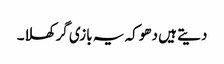
دیتے ہیں دھوکہ یہ بازی گر کھلا۔